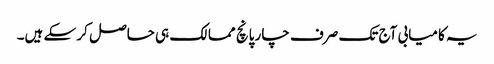
یہ کامیابی آج تک صرف چار پانچ ممالک ہی حاصل کر سکے ہیں۔